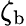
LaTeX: {\zeta_{\mathrm{b}}}